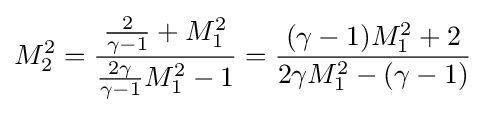
{M_{2}^{2}={\frac {{\frac {2}{\gamma -1}}+M_{1}^{2}}{{\frac {2\gamma }{\gamma -1}}M_{1}^{2}-1}}}={\frac {(\gamma -1)M_{1}^{2}+2}{2\gamma M_{1}^{2}-(\gamma -1)}}